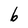
Character: b